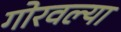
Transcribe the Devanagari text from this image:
गोरवल्या